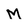
Character: M